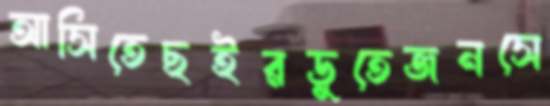
আসিতেছইরডুতেজনসে